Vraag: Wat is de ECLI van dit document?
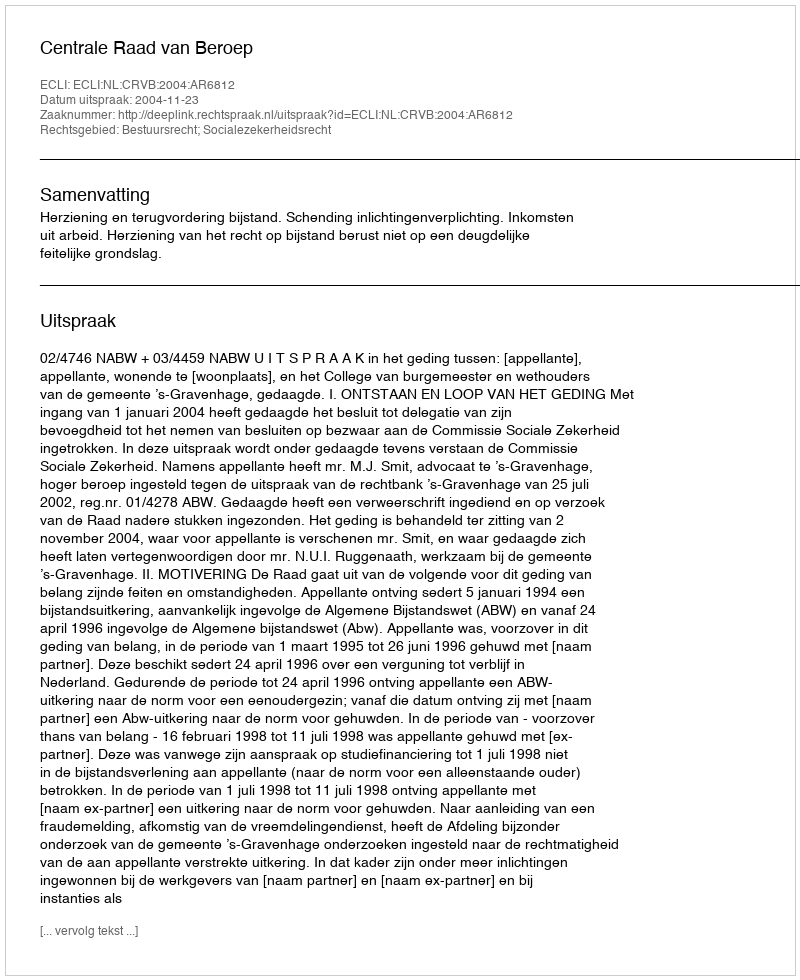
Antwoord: ECLI:NL:CRVB:2004:AR6812